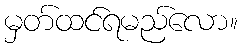
မှတ်ထင်ရမည်လော။